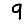
Digit: 9